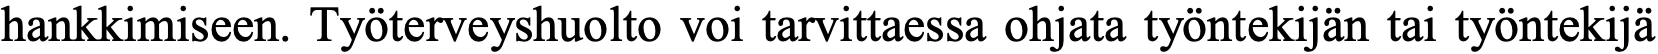
hankkimiseen. Työterveyshuolto voi tarvittaessa ohjata työntekijän tai työntekijä